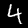
Label: 4